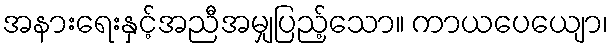
အနားရေးနှင့်အညီအမျှပြည့်သော။ ကာယပေယျော၊